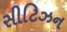
સીટિઝન